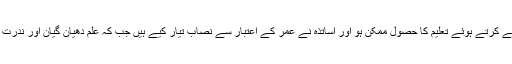
تاکہ شعور کے اعتبار سے اور عمر کی منزلوں کو طے کرتے ہوئے تعلیم کا حصول ممکن ہو اور اساتذہ نے عمر کے اعتبار سے نصاب تیار کیے ہیں جب کہ علم دھیان گیان اور ندرت ِ خیال کا نام ہے جس پر فہم و ادراک کا پرتو ہوتا ہے۔